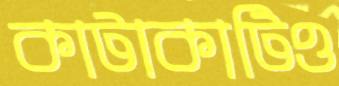
কাটাকাটিও